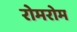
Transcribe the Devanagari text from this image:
रोमरोम